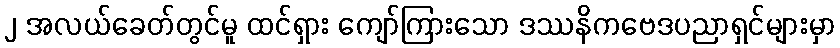
၂ အလယ်ခေတ်တွင်မူ ထင်ရှား ကျော်ကြားသော ဒဿနိကဗေဒပညာရှင်များမှာ